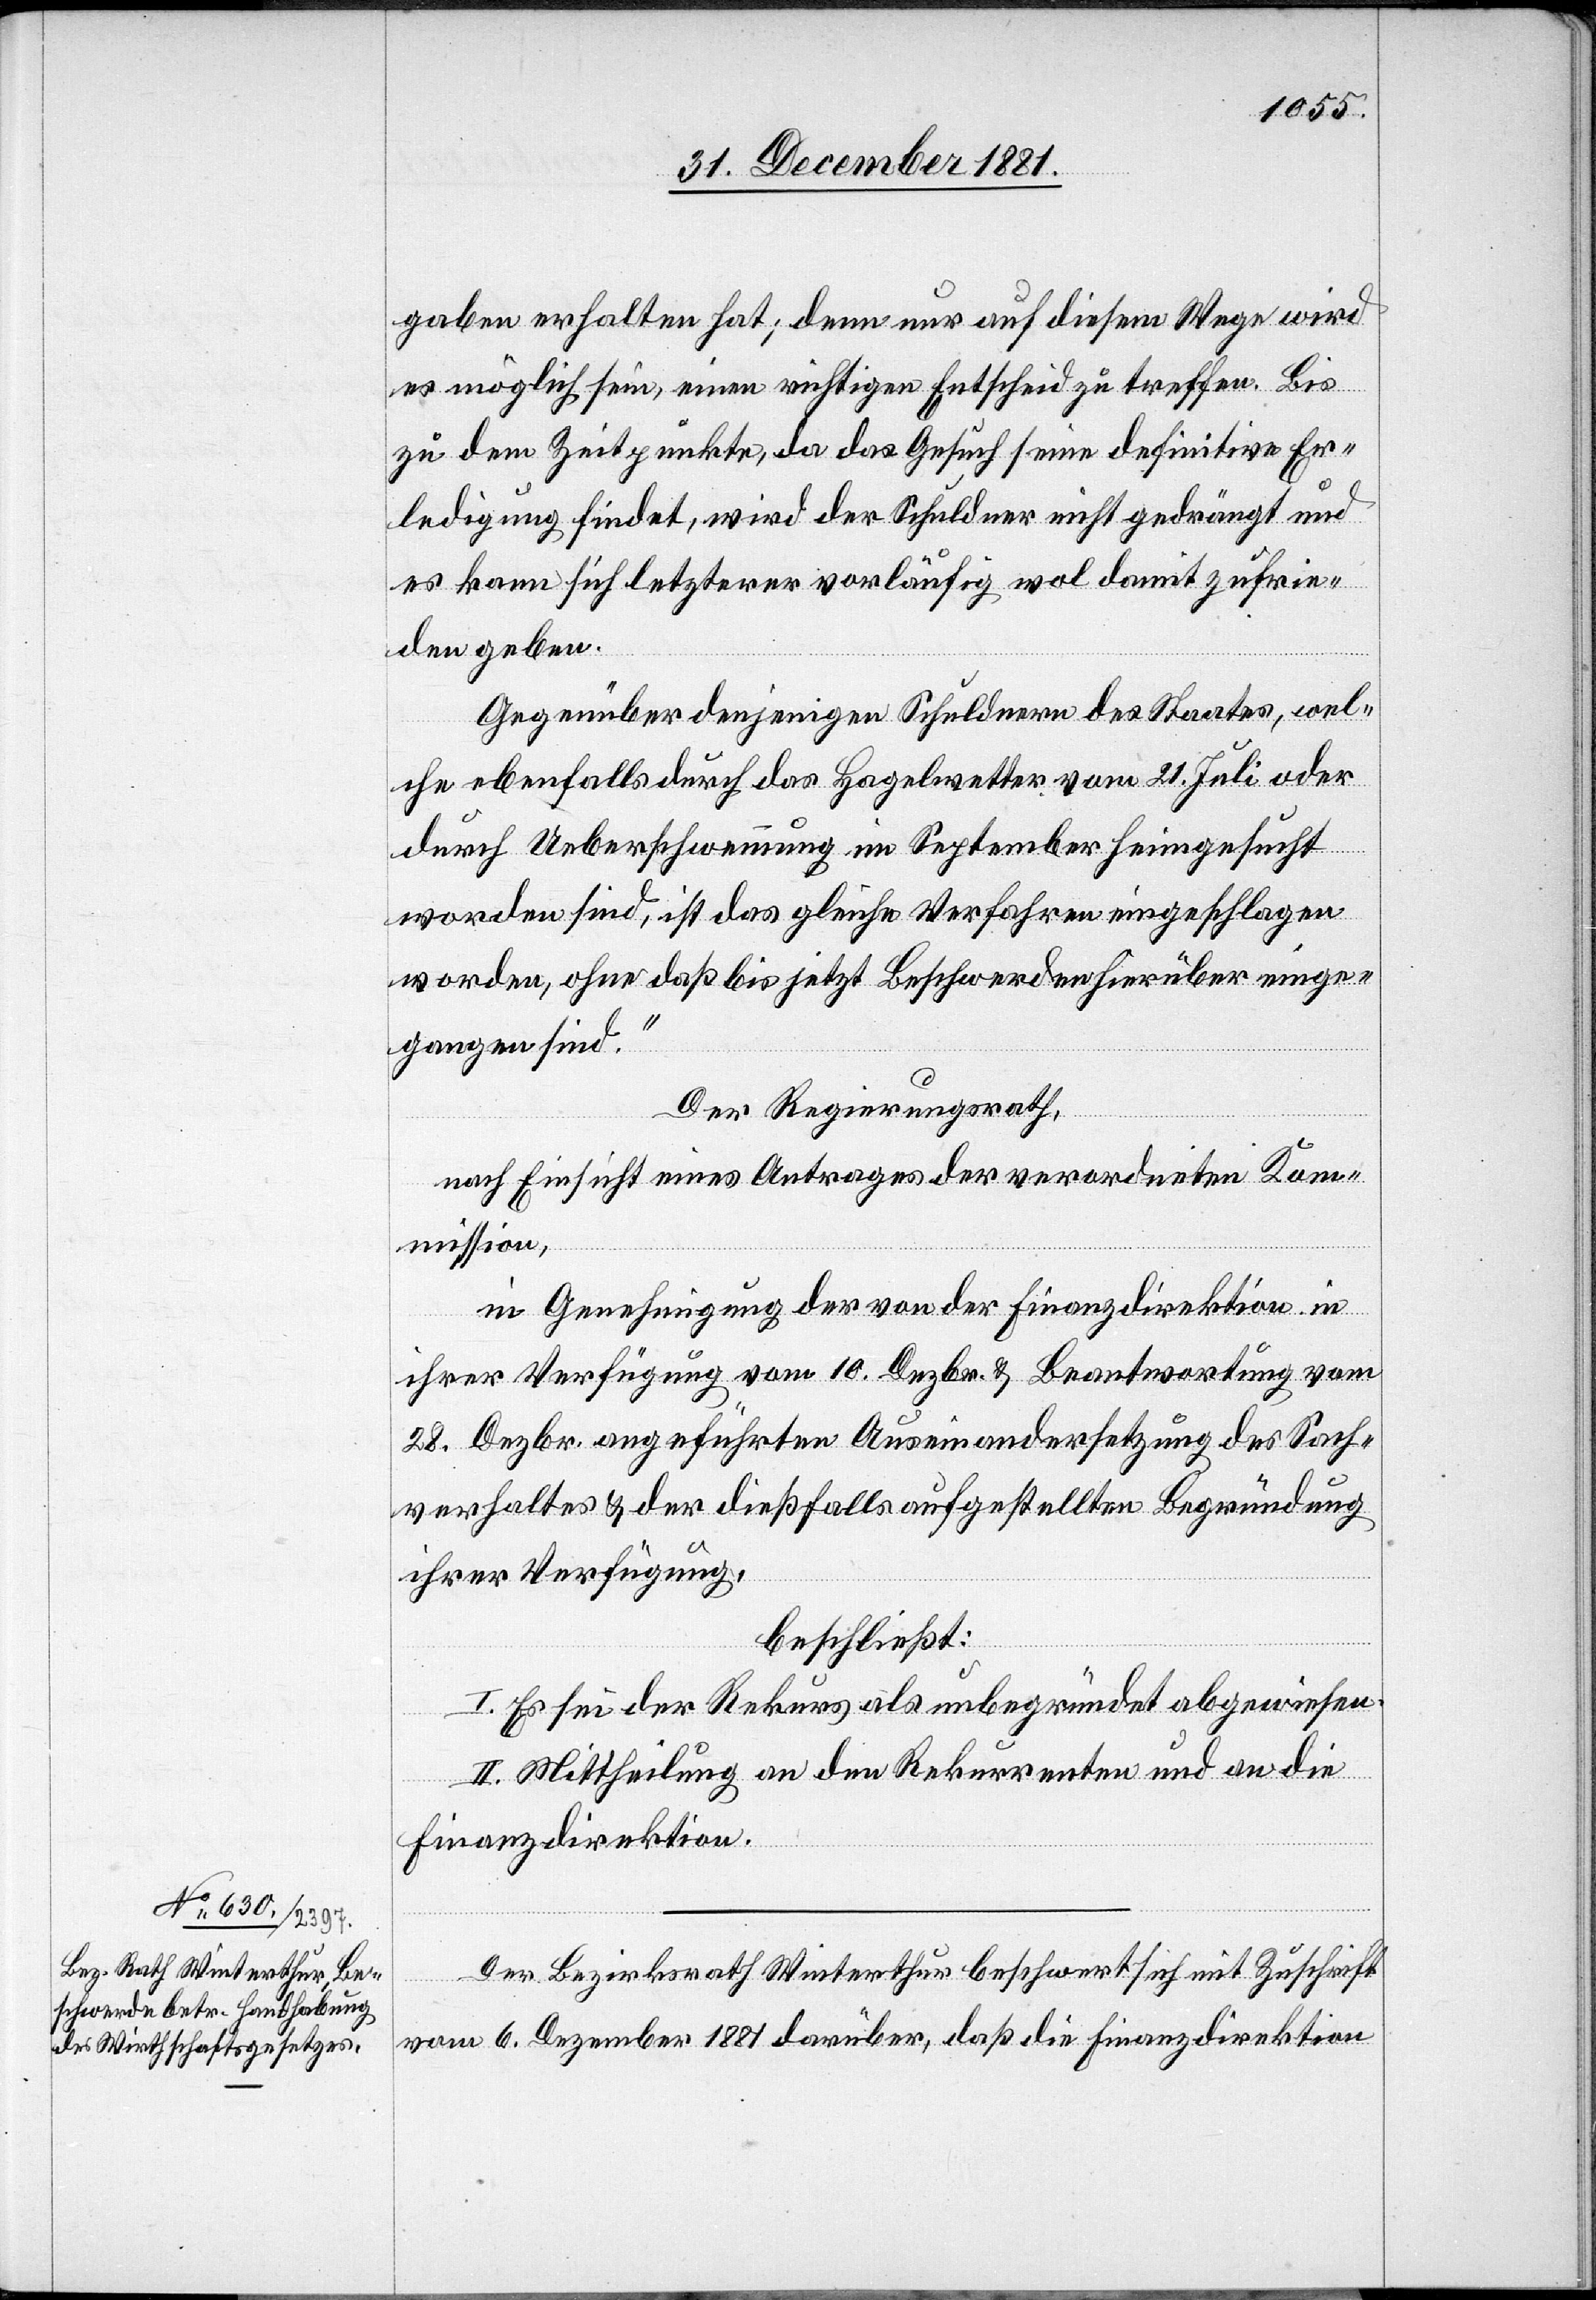
gaben erhalten hat; denn nur auf diesem Wege wird
es möglich sein, einen richtigen Entscheid zu treffen. Bis
zu dem Zeitpunkte, da das Gesuch seine definitive Er¬
ledigung findet, wird der Schuldner nicht gedrängt und
es kann sich letzterer vorläufig wol damit zufrie¬
den geben.
Gegenüber denjenigen Schuldnern des Staates, wel¬
che ebenfalls durch das Hagelwetter vom 21. Juli oder
durch Ueberschwemmung im September heimgesucht
worden sind, ist das gleiche Verfahren eingeschlagen
worden, ohne daß bis jetzt Beschwerden hierüber einge¬
gangen sind.“
Der Regierungsrath,
nach Einsicht eines Antrages der verordneten Kom¬
mission,
in Genehmigung der von der Finanzdirektion in
ihrer Verfügung vom 10. Dezbr. & Beantwortung vom
28. Dezbr. angeführten Auseinandersetzung des Sach¬
verhaltes & der dießfalls aufgestellten Begründung
ihrer Verfügung,
beschließt:
I. Es sei der Rekurs als unbegründet abgewiesen.
II. Mittheilung an den Rekurrenten und an die
Finanzdirektion.
Der Bezirksrath Winterthur beschwert sich mit Zuschrift
vom 6. Dezember 1881 darüber, daß die Finanzdirektion